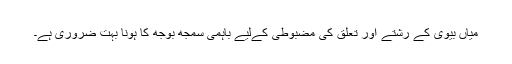
میاں بیوی کے رشتے اور تعلق کی مضبوطی کےلیے باہمی سمجھ بوجھ کا ہونا بہت ضروری ہے۔